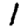
Digit: 1